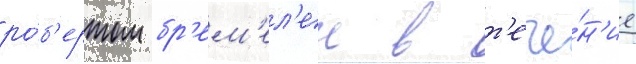
ро́б'ертом бр'ем'ел'ем в т'ече́н'ие